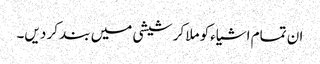
ان تمام اشیاءکو ملا کر شیشی میں بند کر دیں۔